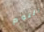
اليوم